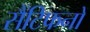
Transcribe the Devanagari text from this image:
सैंटिफनों